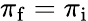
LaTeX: \pi_{\mathrm{f}}=\pi_{\mathrm{i}}